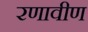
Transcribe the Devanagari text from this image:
रणावीण